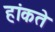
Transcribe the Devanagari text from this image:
हांकते